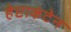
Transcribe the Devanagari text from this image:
हेप्टाकंटेन